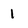
Character: 1